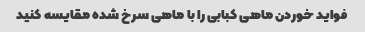
فواید خوردن ماهی کبابی را با ماهی سرخ شده مقایسه کنید